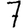
Digit: 7